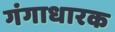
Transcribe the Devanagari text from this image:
गंगाधारक